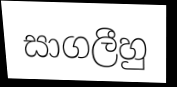
සාගලීහු